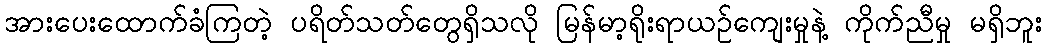
အားပေးထောက်ခံကြတဲ့ ပရိတ်သတ်တွေရှိသလို မြန်မာ့ရိုးရာယဉ်ကျေးမှုနဲ့ ကိုက်ညီမှု မရှိဘူး